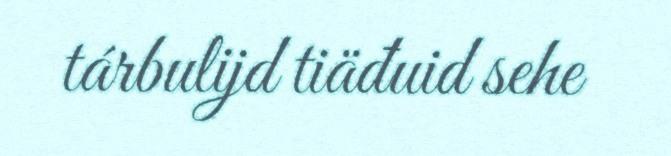
tárbulijd tiäđuid sehe